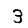
Digit: 3